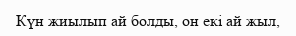
Күн жиылып ай болды, он екі ай жыл,